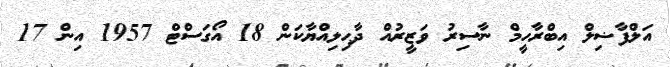
އަލްފާޟިލް އިބްރާހީމް ނާސިރު ވަޒީރުއް ދާޙިލިއްޔާކަން 18 އޯގަސްޓް 1957 އިން 17